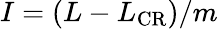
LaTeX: I=(L-L_{\mathrm{CR}})/m